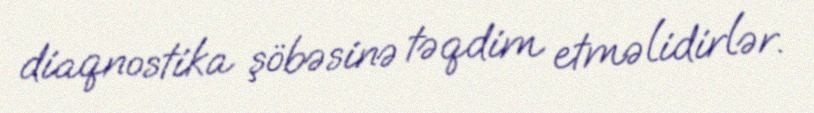
diaqnostika şöbəsinə təqdim etməlidirlər.